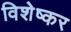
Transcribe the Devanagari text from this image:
विशेष्कर